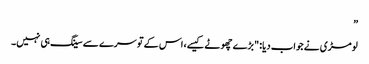
”
لومڑی نے جواب دیا: "بڑے چھوٹے کیسے، اس کے تو سرے سے سینگ ہی نہیں۔